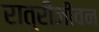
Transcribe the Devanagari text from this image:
रात्रीजीवन